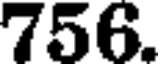
756.